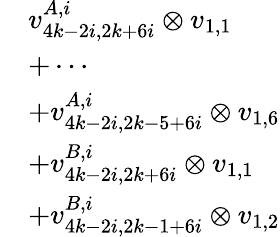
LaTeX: \begin{array}{rl}&{v_{4k-2i,2k+6i}^{A,i}\otimes v_{1,1}}\\ &{+\cdots}\\ &{+v_{4k-2i,2k-5+6i}^{A,i}\otimes v_{1,6}}\\ &{+v_{4k-2i,2k+6i}^{B,i}\otimes v_{1,1}}\\ &{+v_{4k-2i,2k-1+6i}^{B,i}\otimes v_{1,2}}\end{array}